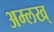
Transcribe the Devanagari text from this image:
अम्लख्